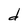
Character: d